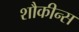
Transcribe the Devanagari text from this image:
शौकीन्स